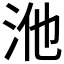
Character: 𭰃